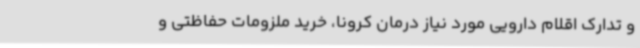
و تدارک اقلام دارویی مورد نیاز درمان کرونا، خرید ملزومات حفاظتی و